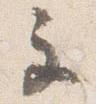
主